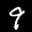
Label: 9